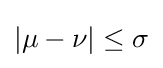
\left|\mu -\nu \right|\leq \sigma